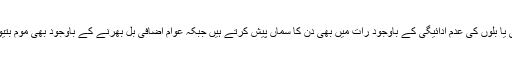
بڑے محلات اور عالی شان گھر چوری کی بجلی یا بلوں کی عدم ادائیگی کے باوجود رات میں بھی دن کا سماں پیش کرتے ہیں جبکہ عوام اضافی بل بھرنے کے باوجود بھی موم بتیوں اور لالٹینوں کے سہارے راتيں گزار رہا ہے۔